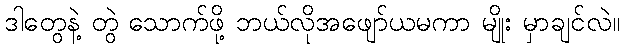
ဒါတွေနဲ့ တွဲ သောက်ဖို့ ဘယ်လိုအဖျော်ယမကာ မျိုး မှာချင်လဲ။